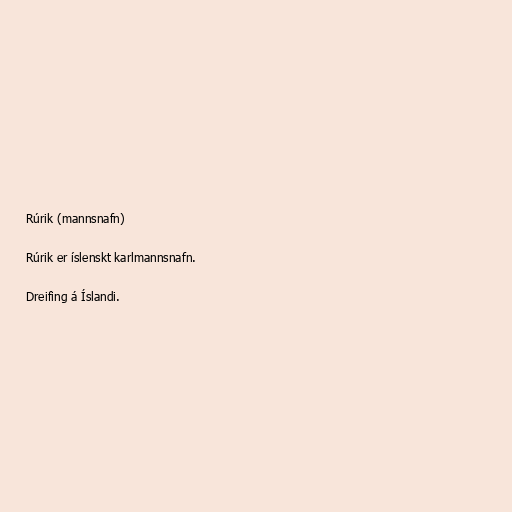
Rúrik (mannsnafn)

Rúrik er íslenskt karlmannsnafn.

Dreifing á Íslandi.